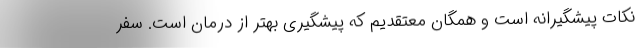
نکات پیشگیرانه است و همگان معتقدیم که پیشگیری بهتر از درمان است. سفر